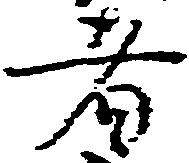
者